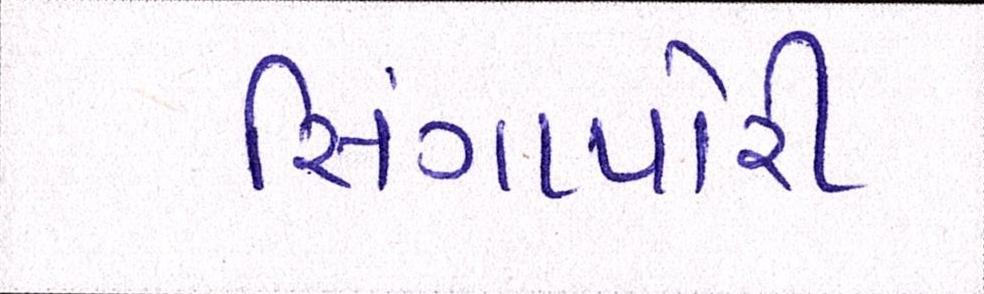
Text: સિંગાપોરી